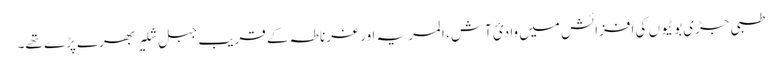
طبی جڑی بوٹیوں کی اَفزائش میں وادیٔ آش، المریہ اور غرناطہ کے قریب جبلِ شلیر بھرے پڑے تھے۔